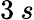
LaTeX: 3\: s